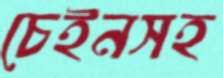
চেইনসহ